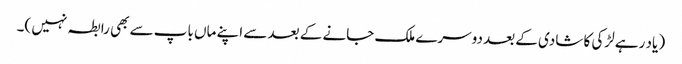
( یاد رہے لڑکی کا شادی کے بعد دوسرے ملک جانے کے بعد سے اپنے ماں باپ سے بھی رابطہ نہیں )۔